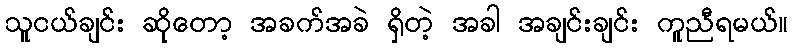
သူငယ်ချင်း ဆိုတော့ အခက်အခဲ ရှိတဲ့ အခါ အချင်းချင်း ကူညီရမယ်။